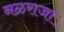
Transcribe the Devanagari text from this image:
नळराजा